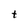
Character: t